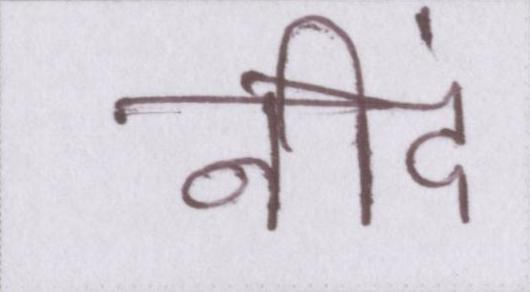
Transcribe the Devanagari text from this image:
नीदं